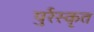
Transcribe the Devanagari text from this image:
पुर्रस्कृत